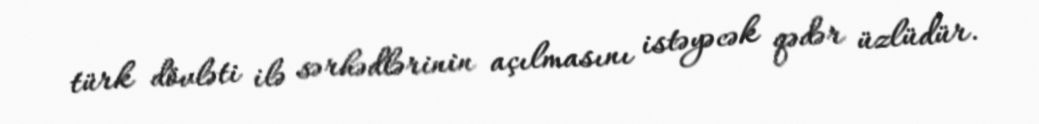
türk dövləti ilə sərhədlərinin açılmasını istəyəcək qədər üzlüdür.